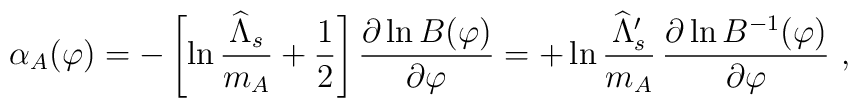
\alpha_A (\varphi) = - \left[ \ln {\widehat \Lambda_s\over m_A} +{1\over 2}  \right] {\partial \ln B(\varphi)\over \partial\varphi} = + \ln  {\widehat\Lambda'_s\over m_A}\,  {\partial \ln B^{-1}(\varphi)\over \partial\varphi}\ ,